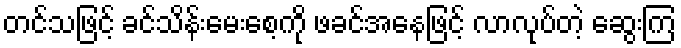
တင်သဖြင့် ခင်သိန်းမေးစေ့ကို ဖခင်အနေဖြင့် လာလုပ်တဲ့ ဆွေးကြ